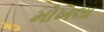
મોખલા